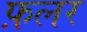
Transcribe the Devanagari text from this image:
फ़लर